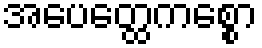
အပေတ္ထေကစ္စော